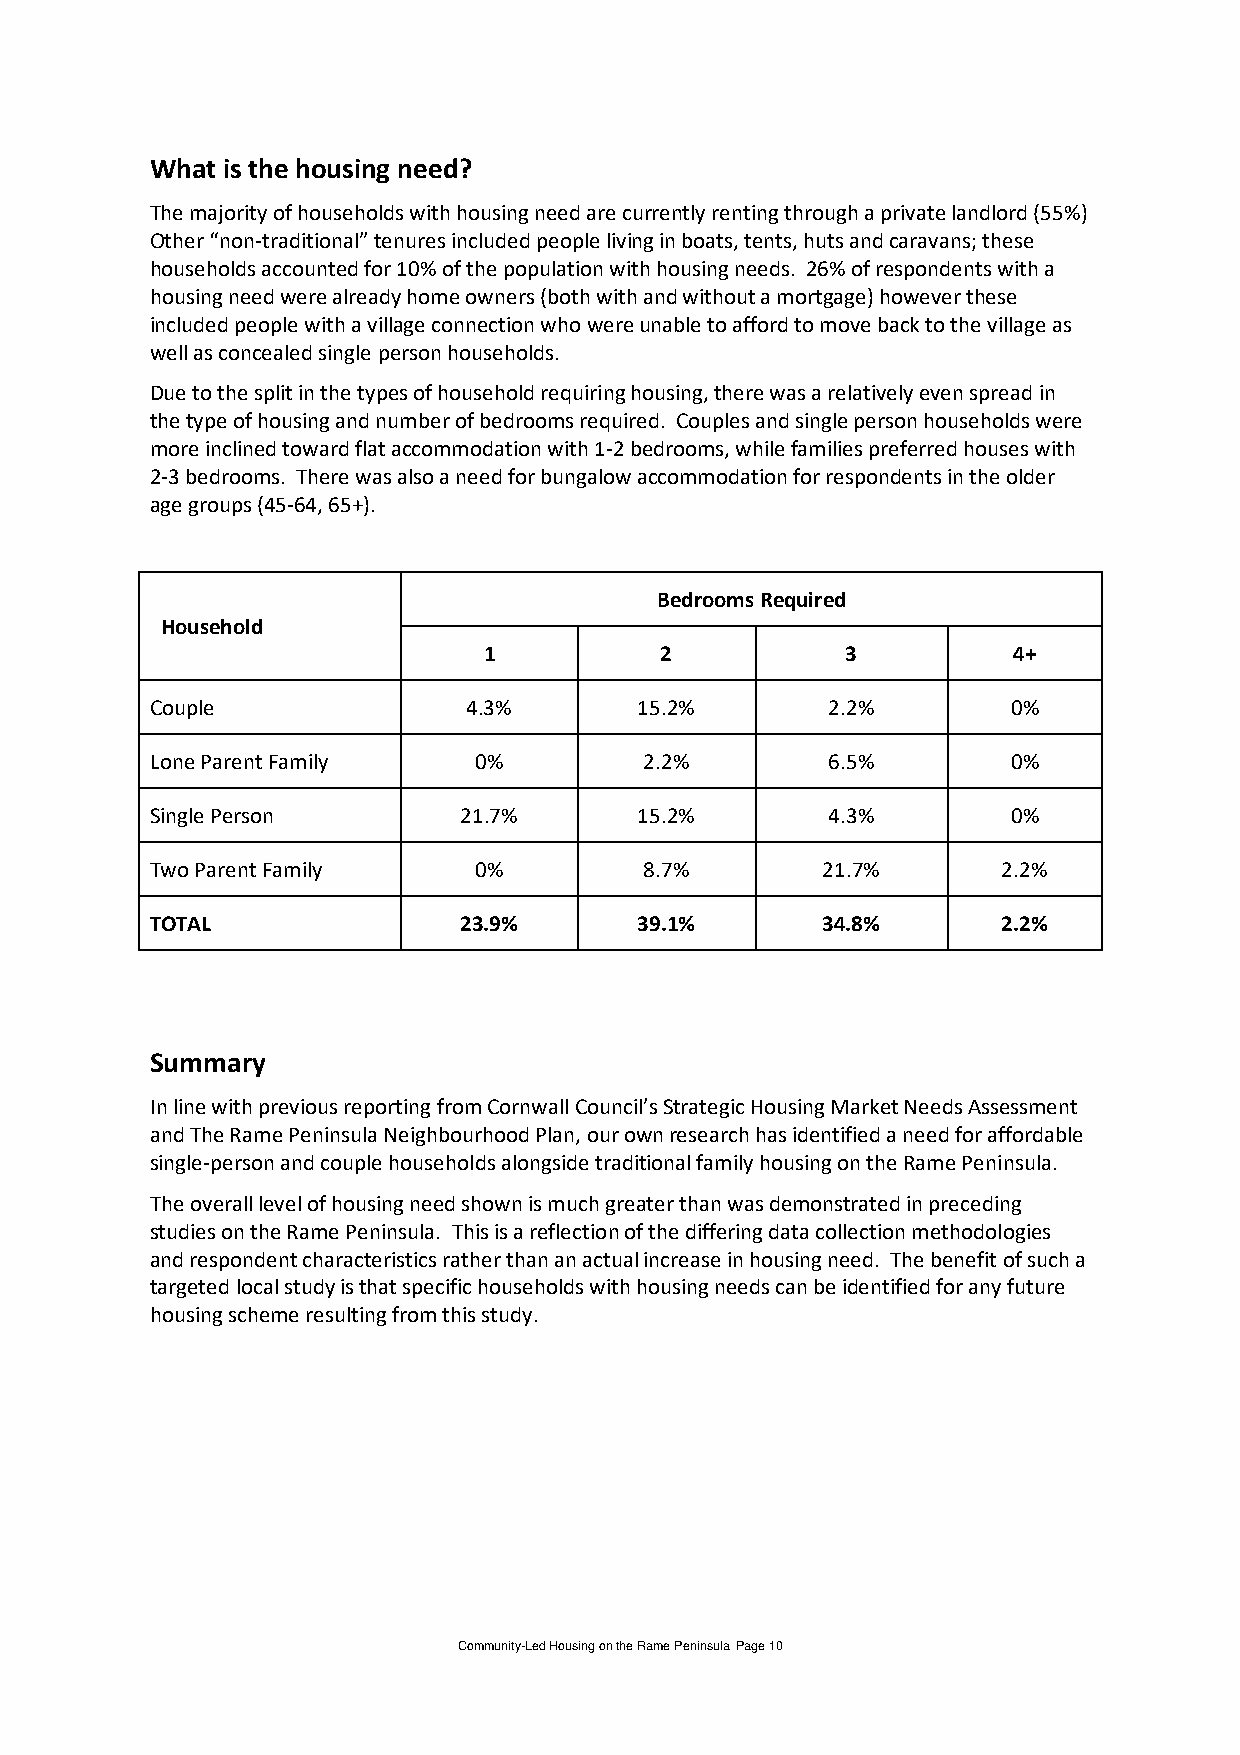
What is the housing need?
 The majority of households with housing need are currently renting through a private landlord (55%)
 Other “non-traditional” tenures included people living in boats, tents, huts and caravans; these
 households accounted for 10% of the population with housing needs. 26% of respondents with a
 housing need were already home owners (both with and without a mortgage) however these
 included people with a village connection who were unable to afford to move back to the village as
 well as concealed single person households.
 Due to the split in the types of household requiring housing, there was a relatively even spread in
 the type of housing and number of bedrooms required. Couples and single person households were
 more inclined toward flat accommodation with 1-2 bedrooms, while families preferred houses with
 2-3 bedrooms. There was also a need for bungalow accommodation for respondents in the older
 age groups (45-64, 65+).
 Bedrooms Required
 Household
 1           2           3          4+
 Couple               4.3%       15.2%        2.2%        0%
 Lone Parent Family   0%          2.2%        6.5%        0%
 Single Person        21.7%      15.2%        4.3%        0%
 Two Parent Family    0%          8.7%       21.7%       2.2%
 TOTAL                23.9%      39.1%       34.8%       2.2%
 Summary
 In line with previous reporting from Cornwall Council’s Strategic Housing Market Needs Assessment
 and The Rame Peninsula Neighbourhood Plan, our own research has identified a need for affordable
 single-person and couple households alongside traditional family housing on the Rame Peninsula.
 The overall level of housing need shown is much greater than was demonstrated in preceding
 studies on the Rame Peninsula. This is a reflection of the differing data collection methodologies
 and respondent characteristics rather than an actual increase in housing need. The benefit of such a
 targeted local study is that specific households with housing needs can be identified for any future
 housing scheme resulting from this study.
 Community-Led Housing on the Rame Peninsula Page 10